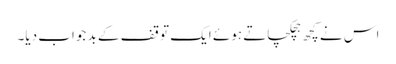
اس نے کچھ ہچکچاتے ہوئے ایک توقف کے بد جواب دیا۔